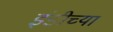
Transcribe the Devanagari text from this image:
इंडीच्या